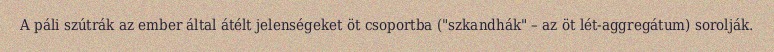
A páli szútrák az ember által átélt jelenségeket öt csoportba ("szkandhák" – az öt lét-aggregátum) sorolják.